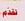
نتذم